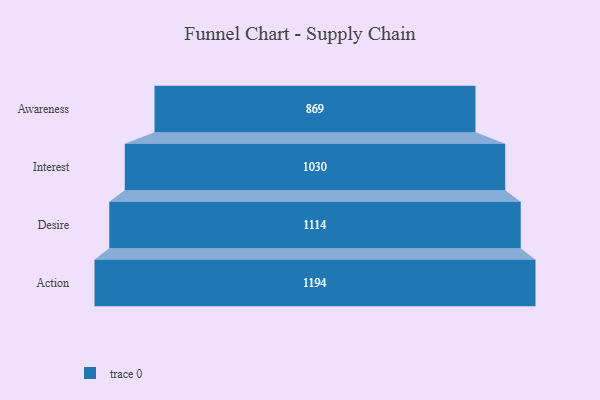
{"axis": {"x": "Stage", "y": "Value"}, "legend": [""], "data": [{"x": "Awareness", "y": 869.0, "type": ""}, {"x": "Interest", "y": 1030.0, "type": ""}, {"x": "Desire", "y": 1114.0, "type": ""}, {"x": "Action", "y": 1194.0, "type": ""}]}